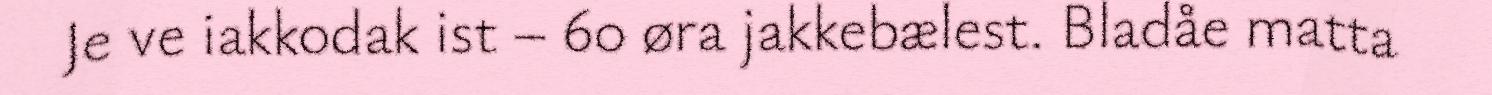
Je ve iakkodak ist – 60 øra jakkebælest. Bladåe matta